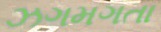
ઝગમગતા